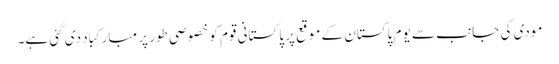
مودی کی جانب سے یوم پاکستان کے موقع پر پاکستانی قوم کو خصوصی طور پر مبارکباد دی گئی ہے۔